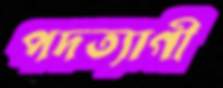
পদত্যাগী